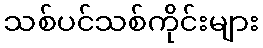
သစ်ပင်သစ်ကိုင်းများ